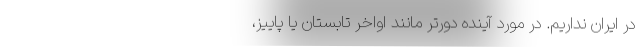
در ایران نداریم. در مورد آینده دورتر مانند اواخر تابستان یا پاییز،